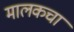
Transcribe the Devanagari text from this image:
मालकचा